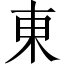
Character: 東